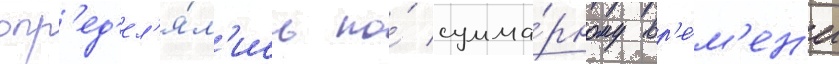
опр'ед'ел'я́л'ись по́ сумма́рному вр'е́м'ен'и